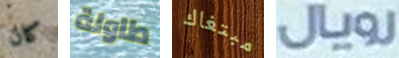
كان طاولة مبتغاك رويال